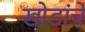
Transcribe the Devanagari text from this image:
खोडांचे